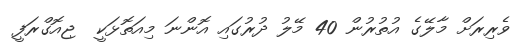
ވެރިރަށް މާލޭގެ އުތުރުން 40 މޭލު ދުރުގައި އޮންނަ މިއަތޮޅަކީ  ޖިއޮގްރަފީ